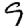
Digit: 9